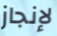
لإنجاز